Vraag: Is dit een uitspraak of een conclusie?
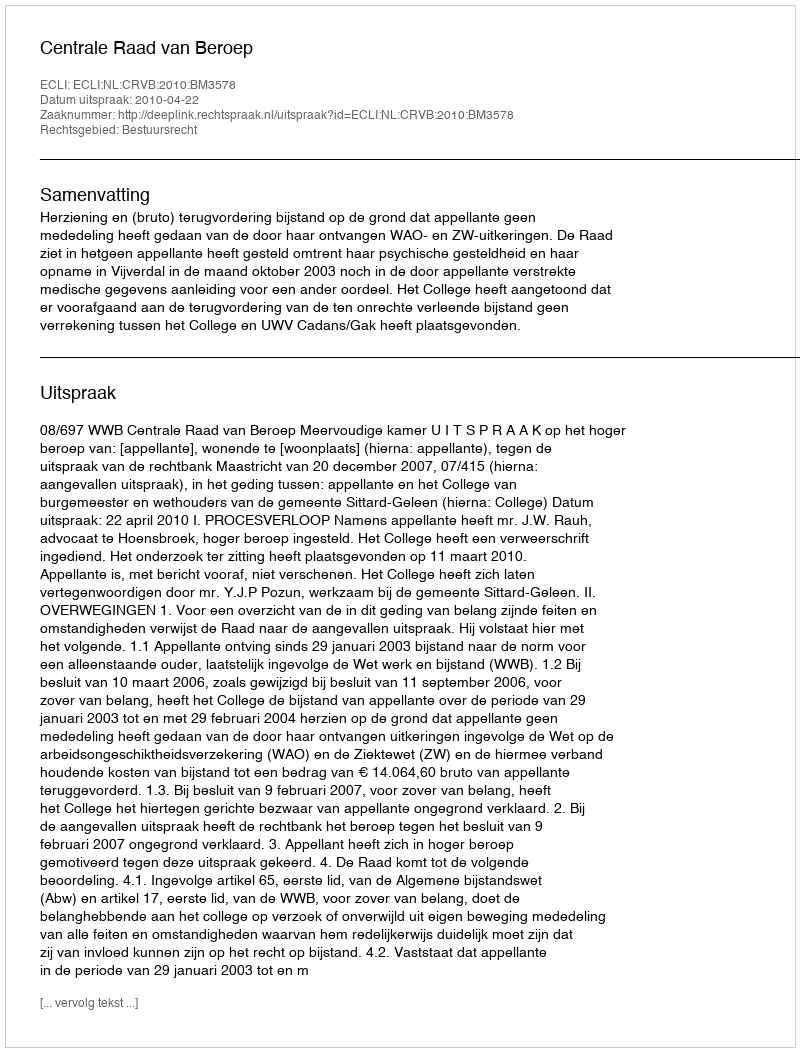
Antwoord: Uitspraak